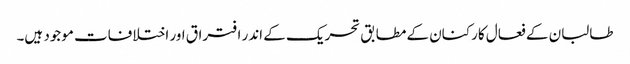
طالبان کے فعال کارکنان کے مطابق تحریک کے اندر افتراق اور اختلافات موجود ہیں۔